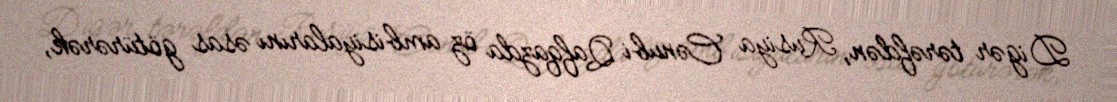
Digər tərəfdən, Rusiya Cənubi Qafqazda öz ambisiyalarını əsas götürərək,